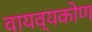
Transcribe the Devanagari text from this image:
वायव्यकोण